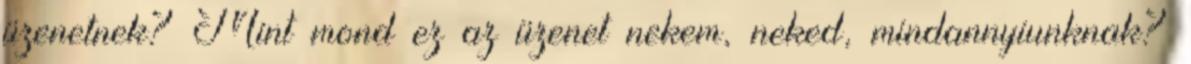
üzenetnek? Mint mond ez az üzenet nekem, neked, mindannyiunknak?